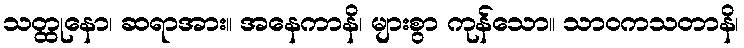
သတ္ထုနော၊ ဆရာအား။ အနေကာနိ၊ များစွာ ကုန်သော။ သာဝကသတာနိ၊